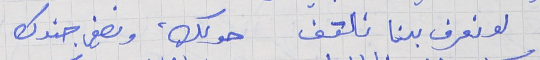
لو نعرف بدنا نلتف     حولك، ونصفي جندك